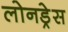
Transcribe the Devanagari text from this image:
लोनड्रेस